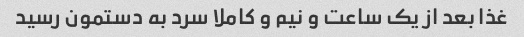
غذا بعد از یک ساعت و نیم و کاملا سرد به دستمون رسید